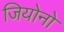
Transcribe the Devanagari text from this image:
जियोनो